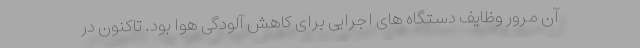
آن مرور وظایف دستگاه های اجرایی برای کاهش آلودگی هوا بود. تاکنون در